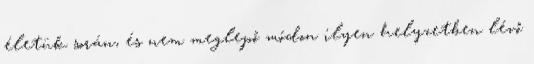
életük során, és nem meglepő módon ilyen helyzetben lévő